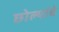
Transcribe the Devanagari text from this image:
छोल्यांचे